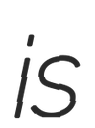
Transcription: is